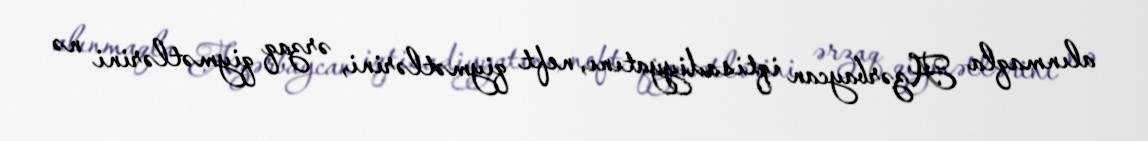
alınmaqla Azərbaycan iqtisadiyyatını, neft qiymətlərini, ərzaq qiymətlərini nə